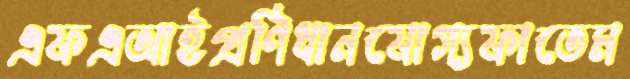
এফএআইপ্রণিধানযোগ্যফাতেম